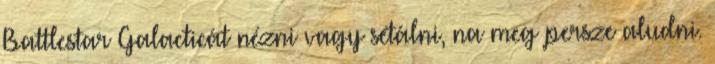
Battlestar Galacticát nézni vagy sétálni, na meg persze aludni.